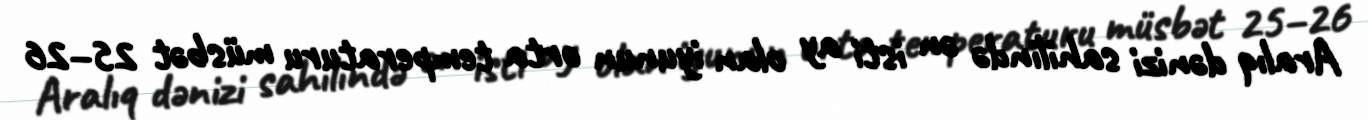
Aralıq dənizi sahilində ən isti ay olan iyunun orta temperaturu müsbət 25–26